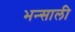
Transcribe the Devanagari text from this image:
भन्साली